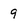
Character: 9